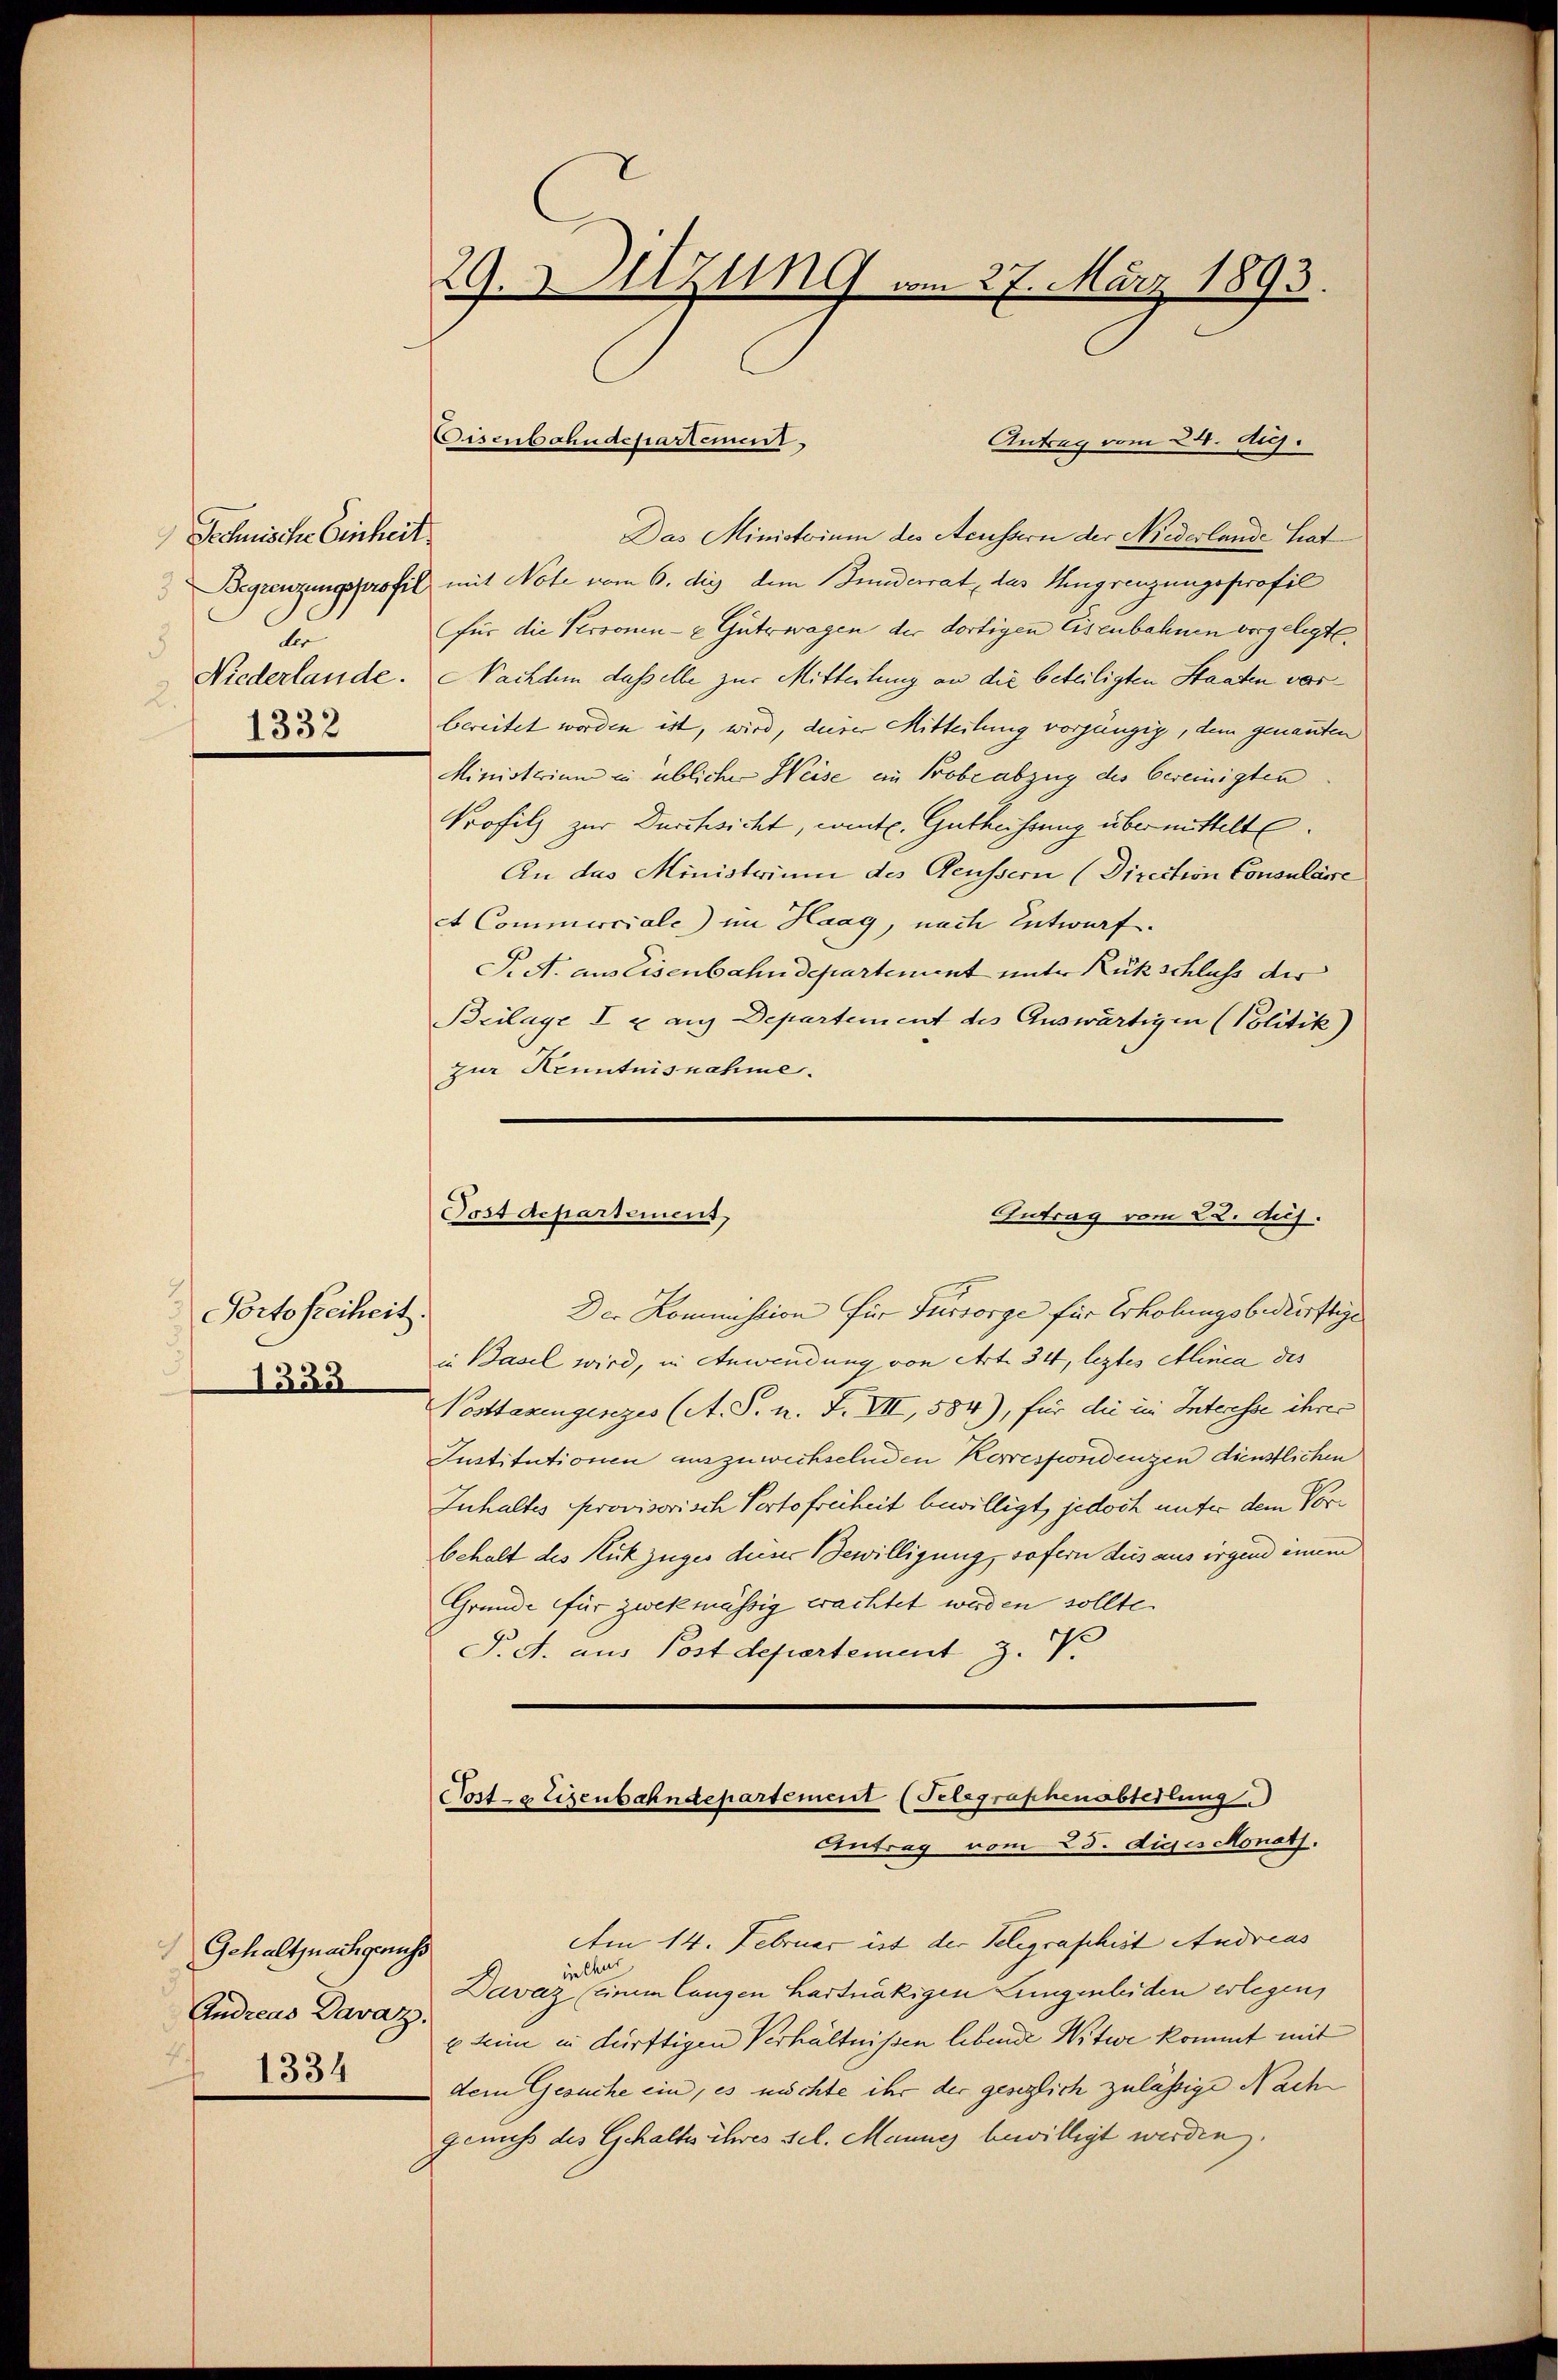
Sechnische Einheit
d
d
2.
1332

Portofreiheit.
1333

Gehalt nachgerichs
Andreas Davaz.
1334

29. 211
NG vom 27. März 1893.

Cisenbahndepartement
Antrag vom 24. Aug.
Das Ministerium des Aeussern der Niederlande Lat
Begrenzungsprofil mit Note vom 6. die dem Bunderrat das Ingrenzungsprofil
für die Personen- u Güterwagen der dortigen Eisenbahnen vorgelegte,
Niederlande. Nachdem dasselbe zur Mitteilung an die beteiligten Staaten vorbereitet worden ist, wird, deiner Mitteilung vorgängig, dem genannten
Ministerium in üblicher Weise ein Probe abzug des bereinigten
Profilz zur Durchsicht, cit. Gutheissung übermittelte.
An das Ministrium des Aeussern (Direction Consularre
et Commerciale) im Haag, nach Entwurf.
S. A. aus Eisenbahndepartement unter Rückschluss der
Beilage I u. aus Departement des Auswärtigen (Politik)
zur Kenntnisnahme.

Postdepartement,
Antrag vom 22. Aug.

Der Kommission für Fürsorge für Erholungsbedürftige
in Basel wird, in Anwendung von Art. 34, leztes Alinea des
Nosttaxenginges (A. S. n. F. VII, 584), für die im Interesse ihrer
Justitutionen auszuwechselnden Korrespondenzen dienstlichen
Inhaltes Provisorisch Portofreiheit bewilligt, jedoch unter dem Vorbehalt des Rückzuges dieser Bewilligung, sofern dies aus irgend innem
Gründe für zwekmässig erachtet werden sollte.
T. d. aus Postdepartement z.

Poste Eisenbahndepartement (Felegraphenabteilung
Antrag vom 23. dies Monath.

Am 14. Februar ist der Seligraphist Andreas
iechis
Davaz (einem langen hartnäckigen Lungenleiden erlegen,
x seine in dürftigen Verhältnißen lebende Witwe kommt mit
dem Gesuche ein, es möchte ihr der gesezlich zulässige Nach
genuß des Gehalts ihres sel. Mannes bewilligt werden.